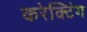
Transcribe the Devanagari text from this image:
करेक्टिंग